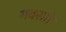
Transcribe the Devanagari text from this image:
गवसते